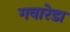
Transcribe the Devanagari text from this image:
गवारेडा